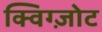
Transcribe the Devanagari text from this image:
क्विग्ज़ोट